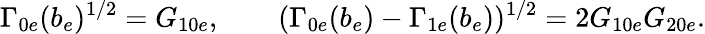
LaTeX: \Gamma_{0e}(b_{e})^{1/2}=G_{10e},\qquad(\Gamma_{0e}(b_{e})-\Gamma_{1e}(b_{e}))^{1/2}=2G_{10e}G_{20e}.